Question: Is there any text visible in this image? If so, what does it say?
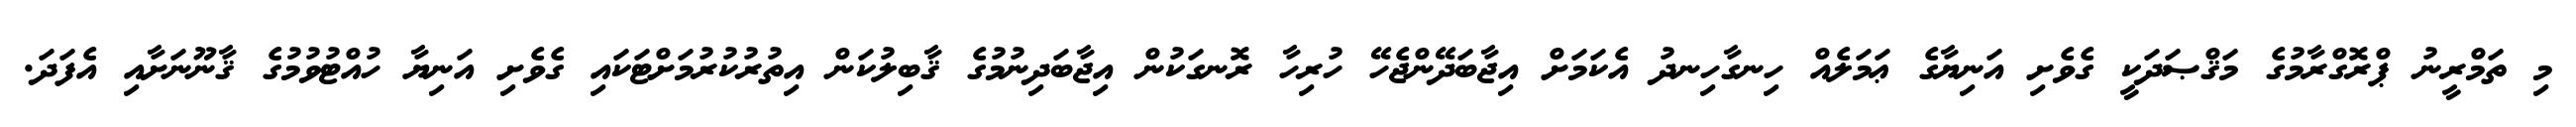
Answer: މި ތަމްރީނު ޕްރޮގްރާމުގެ މަޤްޞަދަކީ ގެވެށި އަނިޔާގެ ޢަމަލެއް ހިނގާހިނދު އެކަމަށް އިޖާބަދޭންޖެހޭ ހުރިހާ ރޮނގަކުން އިޖާބަދިނުމުގެ ޤާބިލުކަން އިތުރުކުރުމަށްޓަކައި ގެވެށި އަނިޔާ ހުއްޓުވުމުގެ ޤާނޫނަށާއި އެފަދަ.